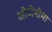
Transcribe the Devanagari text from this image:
ओटोनोमा